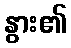
နွား၏